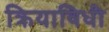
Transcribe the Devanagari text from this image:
क्रियाविधी